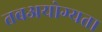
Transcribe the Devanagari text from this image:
तबअयोग्यता